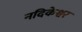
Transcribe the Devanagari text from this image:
नदिकेश्वर